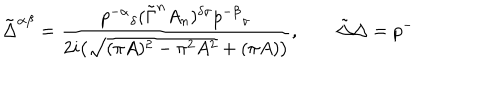
\tilde { \Delta } ^ { \alpha \beta } = \frac { p ^ { - \alpha } { } _ { \delta } ( \tilde { \Gamma } ^ { n } A _ { n } ) ^ { \delta \sigma } p ^ { - \beta } { } _ { \sigma } } { 2 i \big ( \sqrt { ( \pi A ) ^ { 2 } - \pi ^ { 2 } A ^ { 2 } } + ( \pi A ) \big ) } , \qquad \tilde { \Delta } \Delta = p ^ { - }